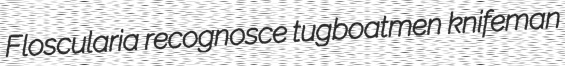
Floscularia recognosce tugboatmen knifeman